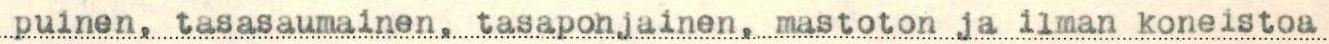
puinen, tasasaumainen, tasapohjainen, mastoton ja ilman koneistoa